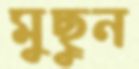
মুছুন